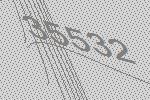
35532